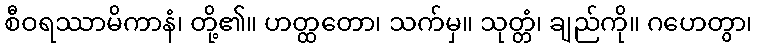
စီဝရဿာမိကာနံ၊ တို့၏။ ဟတ္ထတော၊ သက်မှ။ သုတ္တံ၊ ချည်ကို။ ဂဟေတွာ၊